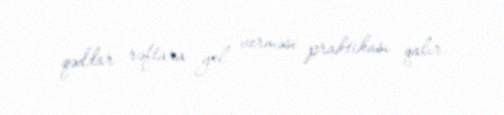
qəddar rəftara yol verməsi praktikası qalır.